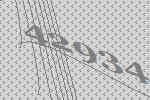
42934